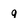
Character: g